Report on vaccination in Madras 1922-1929 - 1922-1929
Year: 1922
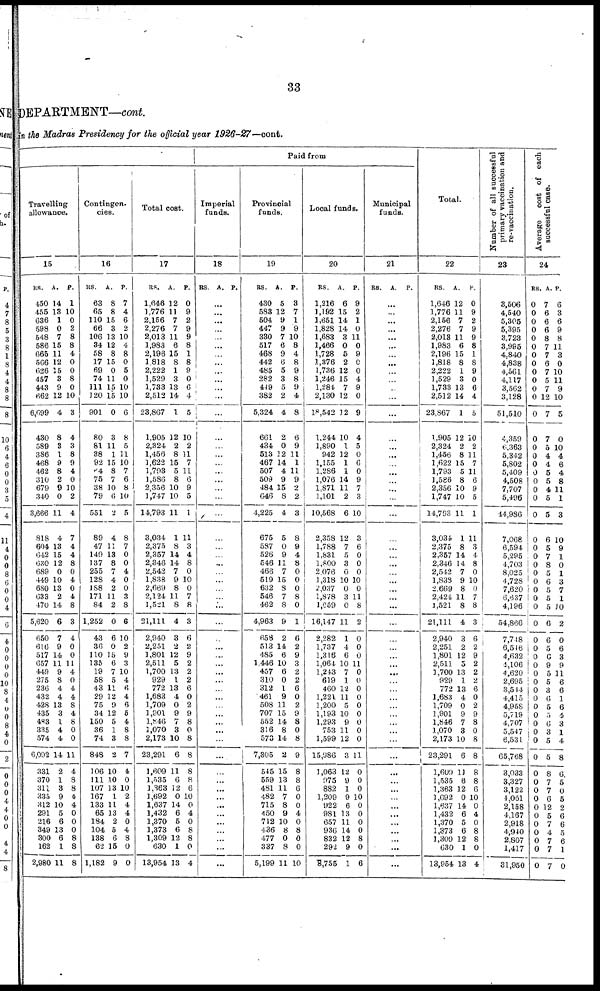
33
DEPARTMENT—cont.
in the Madras Presidency for the official year 1926-27—cont.
Travelling
allowance.
15
RS.
450
455
636
598
548
586
665
566
626
457
443
662
6,099
430
589
386
468
462
310
679
340
3,666
818
604
642
630
689
449
680
633
470
5,620
650
616
517
657
449
275
230
432
428
435
483
335
574
6,092
331
370
311
335
312
291
216
349
300
162
2,980
A.
14
13
1
0
7
15
11
12
15
8
9
12
4
8
3
1
9
8
2
0
0
11
4
13
15
12
0
10
13
2
14
6
7
9
14
11
9
8
4
4
13
3
1
4
4
14
2
1
3
9
10
5
6
13
6
1
11
P.
1
10
0
2
8
8
4
0
0
8
0
10
8
4
3
8
9
4
0
10
2
4
7
4
4
8
0
4
0
4
8
3
4
0
0
11
4
0
4
4
8
4
8
0
0
11
4
8
8
4
4
0
0
0
8
8
8
Contingen-
cies.
16
RS.
63
65
110
66
106
34
58
17
69
74
111
120
901
80
81
38
92
64
75
38
79
551
89
47
140
137
255
128
188
171
84
1,252
43
36
110
135
19
58
43
29
75
34
150
36
74
848
106
111
107
167
133
65
184
104
138
62
1,182
A.
8
8
15
3
13
12
8
15
0
11
15
15
0
3
11
1
15
8
7
10
0
2
4
11
13
8
7
4
2
11
2
0
6
0
15
6
7
5
11
12
9
12
5
1
3
2
10
10
13
1
11
13
2
5
6
15
9
P.
7
4
6
2
10
4
8
0
5
0
10
10
6
8
5
11
10
7
6
8
10
5
8
7
0
0
4
0
0
3
8
6
10
2
9
3
10
4
6
4
6
5
4
8
8
7
4
0
10
2
4
4
0
4
8
0
0
Total cost.
17
RS.
1,646
1,776
2,156
2,276
2,013
1,983
2,196
1,818
2,222
1,529
1,733
2,512
23,867
1,905
2,324
1,456
1,622
1,793
1,586
2,356
1,747
14,793
3,034
2,375
2,357
2,346
2,542
1,838
2,669
2,124
1,521
21,111
2,940
2,251
1,801
2,511
1,700
929
772
1,683
1,709
1,901
1,846
1,070
2,173
23,291
1,609
1,535
1,363
1,692
1,637
1,432
1,370
1,373
1,309
630
13,954
A.
12
11
7
7
11
6
15
8
1
3
13
14
1
12
2
8
15
5
8
10
10
11
1
8
14
14
7
9
8
11
8
4
3
2
12
5
13
1
13
4
0
9
7
3
10
6
11
6
12
0
14
6
5
6
12
1
13
P.
0
9
2
9
9
8
1
8 9
0
6
4
5
10
2
11
7
11
6
9
5
1
11
3
4
8
0
10
0
7
8
3
6
2
9
2
2
2
6
0
2
9
8
0
8
8
8
8
6
10
0
4
0
8
8
0
4
Paid from
Imperial
funds.
18
RS. A. P.
...
...
...
...
...
...
...
...
...
...
...
...
...
...
...
...
...
...
...
...
...
...
...
...
...
...
...
...
...
...
...
...
...
...
...
...
...
...
...
...
...
...
...
...
...
...
...
...
...
...
...
...
...
...
...
...
...
Provincial
funds.
19
RS.
430
583
504
447
330
517
468
442
485
282
449
382
5,324
661
434
513
467
507
509
484
646
4,225
675
587
526
546
466
519
632
546
462
4,963
658
513
485
1,446
457
310
312
461
508
707
552
316
573
7,305
545
559
481
482
715
450
712
436
477
337
5,199
A.
5
12
9
9
7
6
9
6
5
3
5
2
4
2
0
12
14
4
9
15
8
4
5
0
9
11
7
15
8
7
8
9
2
14
6
10
6
0
1
9
11
15
14
8
14
2
15
13
11
7
8
9
10
8
0
8
11
P.
3
7
1
9
10
8
4
8
9
8
9
4
8
6
9
11
1
11
9
2
2
3
8
9
4
8
0
0
0
8
0
1
6
2
9
3
2
2
6
0
2
9
8
0
8
9
8
8
6
0
0
4
0
8
0
0
10
Local funds.
20
RS.
1,216
1,192
1,651
1,828
1,683
1,466
1,728
1,376
1,736
1,246
1,284
2,130
18,542
1,244
1,890
942
1,155
1,286
1,076
1,871
1,101
10,568
2,358
1,788
1,831
1,800
2,076
1,318
2,037
1,878
1,059
16,147
2,282
1,737
1,316
1,064
1,243
619
460
1,221
1,200
1,193
1,293
753
1,599
15,986
1,063
975
882
1,209
922
981
657
936
832
292
8,755
A.
6
15
14
14
3
0
5
2
12
15
7
12
12
10
1
12
1
1
14
11
2
6
12
7
5
3
0
10
0
3
0
11
1
4
6
10
7
1
12
11
5
10
9
11
12
3
12
9
1
9
6
13
11
14
12
9
1
P.
9
2
1
0
11
0
9
0 0
4
9
0
9
4
5
0
6
0
9
7
3
10
3
6
0
0
0
10
0
11
8
2
0
0
0
11
0
0
0
0
0
0
0
0
0
11
0
0
0
10
0
0
0
0
8
0
6
Municipal
funds.
21
RS. A.
P.
...
...
...
...
...
...
...
...
...
...
...
...
...
...
...
...
...
...
...
...
...
...
...
...
...
...
...
...
...
...
...
...
...
...
...
...
...
...
...
...
...
...
...
...
...
...
...
...
...
...
...
...
...
...
...
...
Total.
22
RS.
1,646
1,776
2,156
2,276
2,018
1,983
2,196
1,818
2,222
1,529
1,733
2,512
23,867
1,905
2,324
1,456
1,622
1,793
1,586
2,356
1,747
14,793
3,034
2,375
2,357
2,346
2,542
1,838
2,669
2,424
1,521
21,111
2,940
2,251
1,801
2,511
1,700
929
772
1,683
1,709
1,901
1,846
1,070
2,173
23,291
1,609
1,535
1,363
1,692
1,637
1,432
1,370
1,373
1,309
630
13,954
A.
12
11
7
7
11
6
15
8
1
3
13
14
1
12
2
8
15
5
8
10
10
11
1
8
14
14
7
9
8
11
8
4
3
2
12
5
13
1
13
4
0
9
7
8
10
6
11
6
12
0
14
6
5
6
12
1
13
P.
0
9
2
9
9
8
1
8
9
0
6
4
5
10
2
11
7
11
6
9
5
1
11
3
4
8
0
10
0
7
8
3
6
2
9
2
2
2
6
0
2
9
8
0
8
8
8
8
6
10
0
4
0
8
8
0
4
Number of all successful
primary vaccination and
re-vaccination.
23
3,506
4,540
5,305
5,395
3,723
3,995
4.840
4,838
4,561
4,117
3,562
3,128
51,510
4,359
6,363
5,342
5,802
5,409
4,508
7,707
5,496
44,986
7,068
6,594
5,295
4,703
8,025
4,728
7,620
6,337
4,196
54,866
7,748
6,546
4,632
4,106
4,620
2,695
3,544
4,415
4,958
5,719
4,707
5,547
6,531
65,768
3,033
3,327
3,122
4,061
2,158
4,167
2,918
4,940
2,807
1,417
31,950
Average cost of each
successful case.
24
RS.
0
0
0
0
0
0
0
0
0
0
0
0
0
0
0
0
0
0
0
0
0
0
0
0
0
0
0
0
0
0
0
0
0
0
0
0
0
0
0
0
0
0
0
0
0
0
0
0
0
0
0
0
0
0
0
0
0
A.
7
6
6
6
8
7
7
6
7
5
7
12
7
7
5
4
4
5
5
4
5
5
6
5
7
8
5
6
5
5
5
6
6
5
6
9
5
5
3
6
5
5
6
3
5
5
8
7
7
6
12
5
7
4
7
7
7
P.
6
3
6
9
8
11
3
0
10
11
9
10
5
0
10
4
6
4
8
11
1
3
10
9
1
0
1
3
7
1
10
2
0
6
3
9
11
6
6
1
6
4
8
1
4
8
6
5
0
5
2
6
6
5
6
1
0